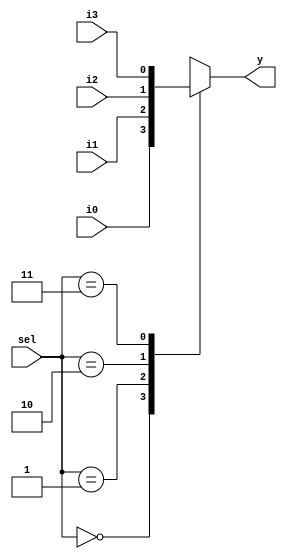
`timescale 1ns / 1ps
//////////////////////////////////////////////////////////////////////////////////
// Company: 
// Engineer: 
// 
// Design Name: 
// Module Name: mux_4x1
// Project Name: 
// Target Devices: 
// Tool Versions: 
// Description: 
// 
// Dependencies: 
// 
// Revision:
// Revision 0.01 - File Created
// Additional Comments:
// 
//////////////////////////////////////////////////////////////////////////////////


module mux_4_1(
  input [1:0] sel,
  input  i0,i1,i2,i3,
  output reg y);
    
  always @(*) begin
    case(sel)
      2'h0: y = i0;
      2'h1: y = i1;
      2'h2: y = i2;
      2'h3: y = i3;
      default: $display("Invalid sel input");
    endcase
  end
endmodule